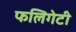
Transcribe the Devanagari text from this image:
फलिगेटी